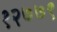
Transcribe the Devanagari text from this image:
१२७७९